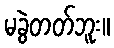
မခွဲတတ်ဘူး။